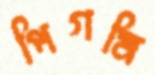
পিগমি